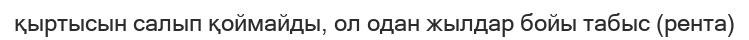
қыртысын салып қоймайды, ол одан жылдар бойы табыс (рента)